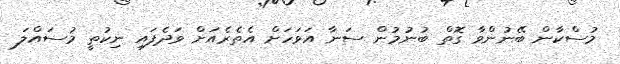
މުސްކާން ބޭނުންވާ ގޮތް ބުނުމުން ސަނާ އަވަހަށް އެތެރެއަށް ވަދެފައި ނިކުތީ މުސައްލަ